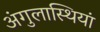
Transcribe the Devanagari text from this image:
अंगुलास्थियां